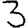
Digit: 3